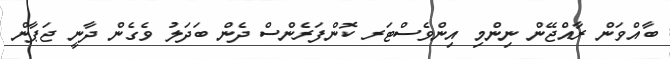
ބާއްވަން ރާއްޖޭން ނިންމި އިންވެސްޓަރ ކޮންފަރެންސް ދެން ބަދަލު ވެގެން ދާނީ ޖަޕާން